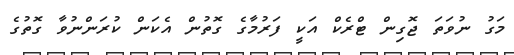
މަގު ނުވަތަ ޖޮގިން ޓްރެކް އަކީ ފަރުމާގެ ގޮތުން އެކަން ކުރަންނުވާ ގޮތުގެ